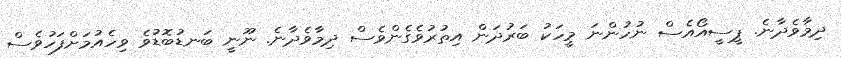
ދިމާވެދާނެ. ޕީސީއޯއެސް ނުހުންނަ މީހަކު ބަރުދަން އިތުރުވެގެންވެސް ދިމާވެދާނެ. ނޫނީ ބަނޑުބޮޑުވެ ވިހެއުމަށްފަހުވެސް